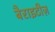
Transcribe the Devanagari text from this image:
बैराइटीज़